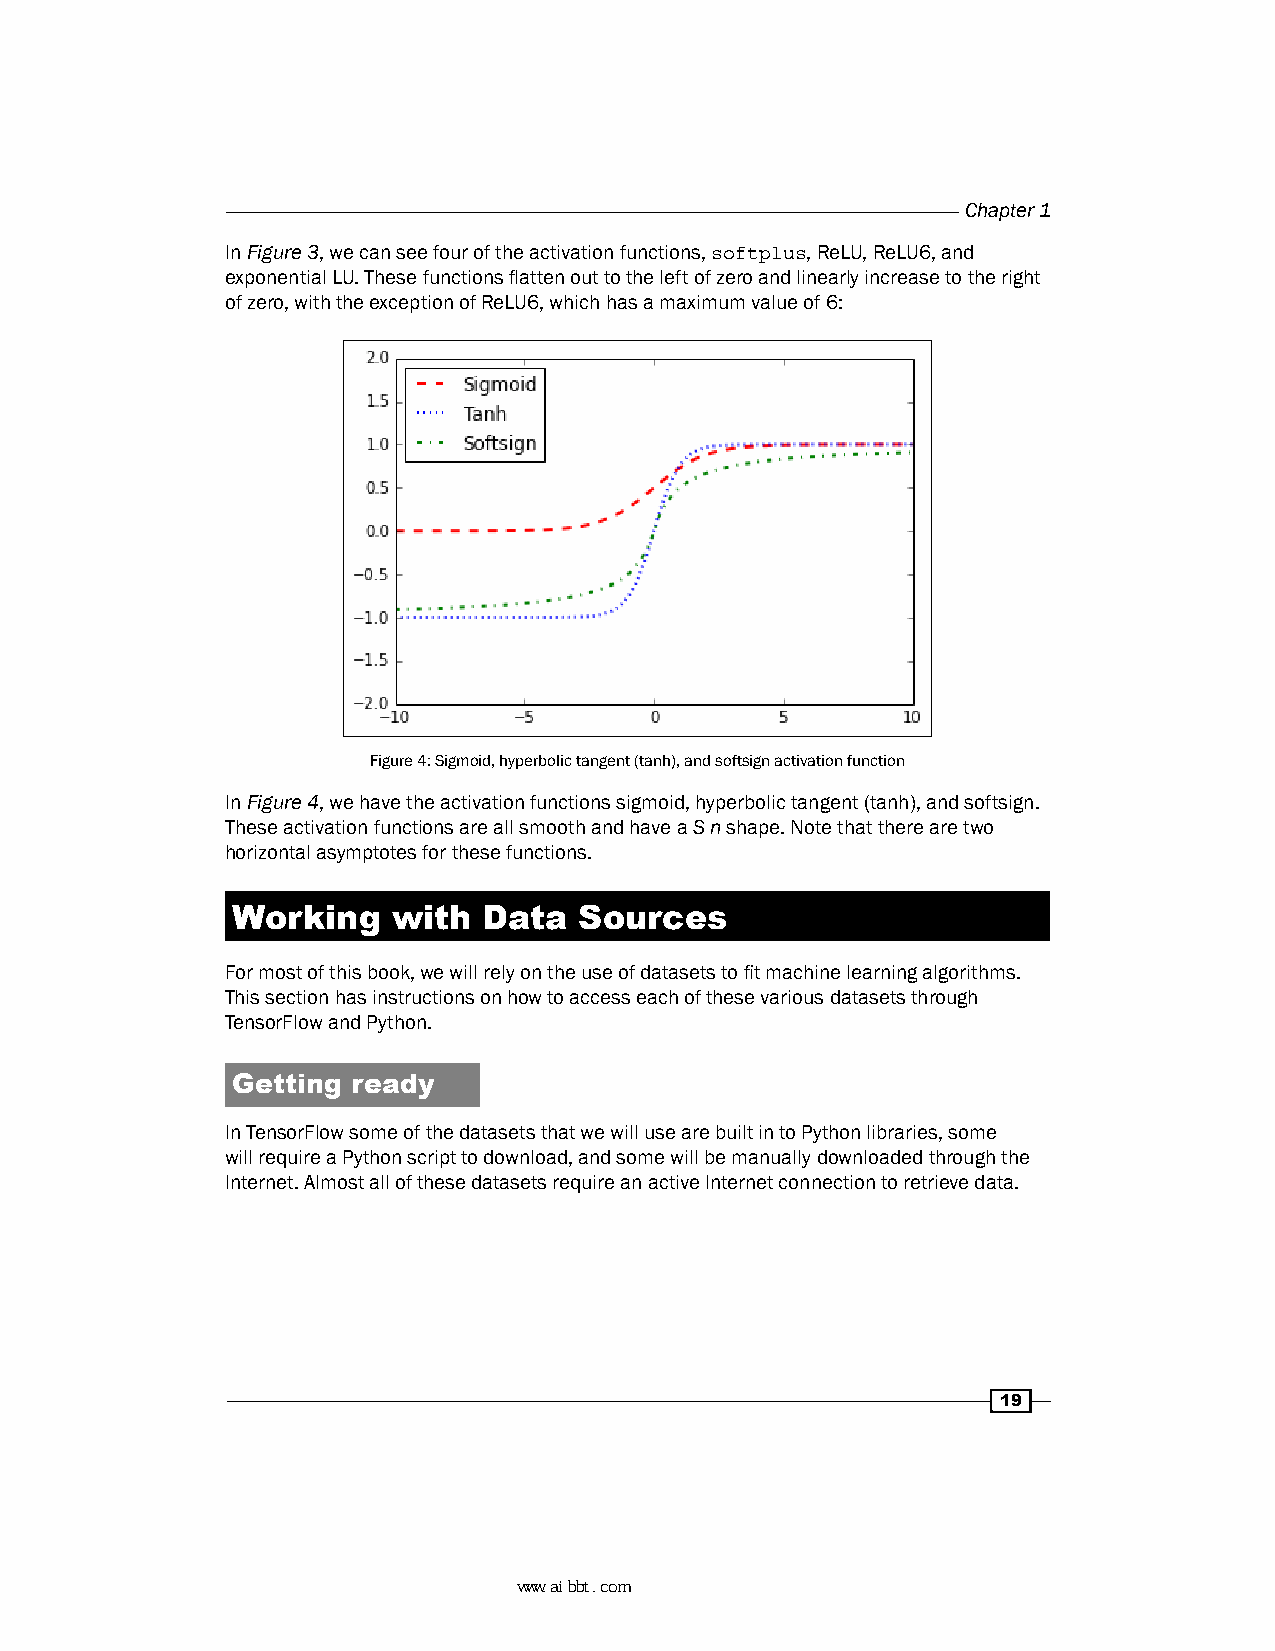
Chapter 1
 In Figure 3, we can see four of the activation functions, softplus, ReLU, ReLU6, and
 exponential LU. These functions flatten out to the left of zero and linearly increase to the right
 of zero, with the exception of ReLU6, which has a maximum value of 6:
 Figure 4: Sigmoid, hyperbolic tangent (tanh), and softsign activation function
 In Figure 4, we have the activation functions sigmoid, hyperbolic tangent (tanh), and softsign.
 These activation functions are all smooth and have a S n shape. Note that there are two
 horizontal asymptotes for these functions.
 Working    with  Data  Sources
 For most of this book, we will rely on the use of datasets to fit machine learning algorithms.
 This section has instructions on how to access each of these various datasets through
 TensorFlow and Python.
 Getting ready
 In TensorFlow some of the datasets that we will use are built in to Python libraries, some
 will require a Python script to download, and some will be manually downloaded through the
 Internet. Almost all of these datasets require an active Internet connection to retrieve data.
 19
 www.aibbt.com 让未来触手可及